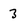
Character: 3